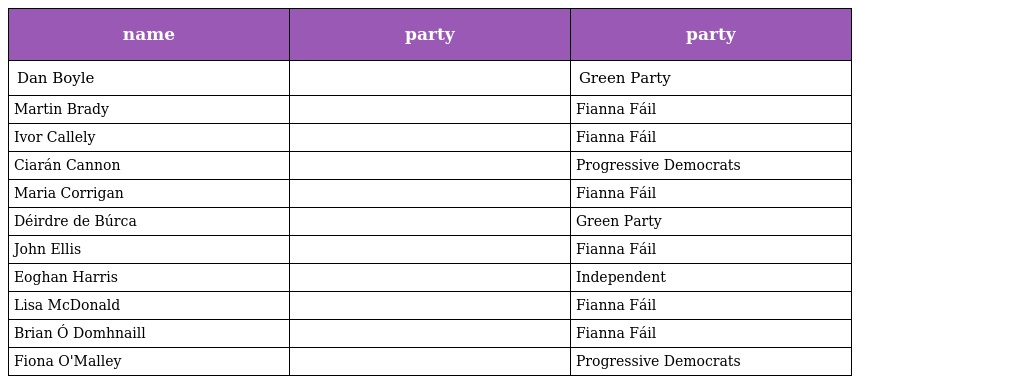
| name | party | party |
 | --- | --- | --- |
 | Dan Boyle |  | Green Party |
 | Martin Brady |  | Fianna Fáil |
 | Ivor Callely |  | Fianna Fáil |
 | Ciarán Cannon |  | Progressive Democrats |
 | Maria Corrigan |  | Fianna Fáil |
 | Déirdre de Búrca |  | Green Party |
 | John Ellis |  | Fianna Fáil |
 | Eoghan Harris |  | Independent |
 | Lisa McDonald |  | Fianna Fáil |
 | Brian Ó Domhnaill |  | Fianna Fáil |
 | Fiona O'Malley |  | Progressive Democrats |